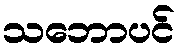
သဘောပင်